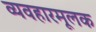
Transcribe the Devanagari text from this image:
व्यवहारमूलक